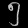
Digit: ၅